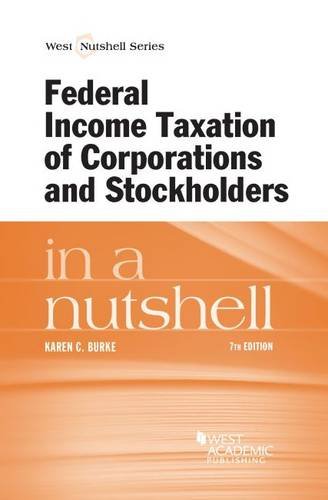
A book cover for Federal Income Taxation of Corporations and Stockholders in a Nutshell; Karen Burke; Law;